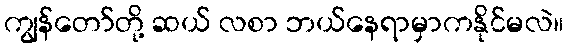
ကျွန်တော်တို့ ဆယ် လစာ ဘယ်နေရာမှာကနိုင်မလဲ။